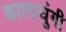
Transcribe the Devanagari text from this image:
कालाघुंगी